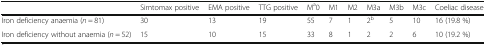
<table><thead><tr><td></td><td><b>Simtomax positive</b></td><td><b>EMA positive</b></td><td><b>TTG positive</b></td><td><b>M<sup>a</sup>0</b></td><td><b>M1</b></td><td><b>M2</b></td><td><b>M3a</b></td><td><b>M3b</b></td><td><b>M3c</b></td><td><b>Coeliac disease</b></td></tr></thead><tbody><tr><td>Iron deficiency anaemia (<i>n</i> = 81)</td><td>30</td><td>13</td><td>19</td><td>55</td><td>7</td><td>1</td><td>2<sup>b</sup></td><td>5</td><td>10</td><td>16 (19.8 %)</td></tr><tr><td>Iron deficiency without anaemia (<i>n</i> = 52)</td><td>15</td><td>10</td><td>15</td><td>33</td><td>8</td><td>1</td><td>2</td><td>2</td><td>6</td><td>10 (19.2 %)</td></tr></tbody></table>